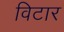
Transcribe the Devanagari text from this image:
विटार